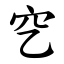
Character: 穵